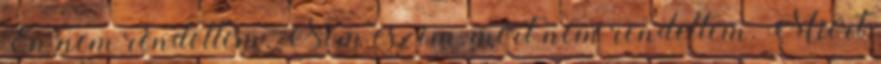
Én nem rendeltem. Nem eszem, mert nem rendeltem. Miért